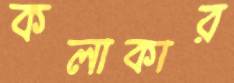
কলাকার